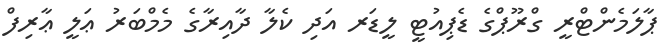
ޕާލަމެންޓްރީ ގްރޫޕްގެ ޑެޕިއުޓީ ލީޑަރ އަދި ކެލާ ދާއިރާގެ މެމްބަރު ޢަލީ ޢާރިފް